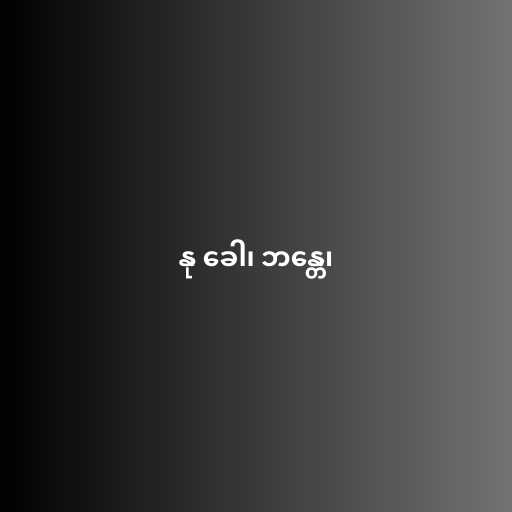
နု ခေါ၊ ဘန္တေ၊